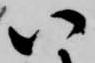
八